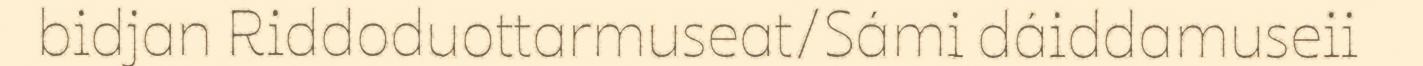
bidjan Riddoduottarmuseat/Sámi dáiddamuseii